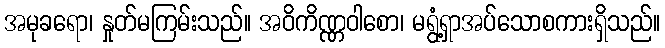
အမုခရော၊ နှုတ်မကြမ်းသည်။ အဝိကိဏ္ဏဝါစော၊ မရွံ့ရှာအပ်သောစကားရှိသည်။